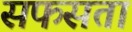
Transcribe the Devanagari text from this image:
सफसता